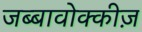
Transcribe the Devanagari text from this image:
जब्बावोक्कीज़